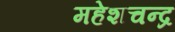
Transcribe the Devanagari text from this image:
महेशचन्द्र